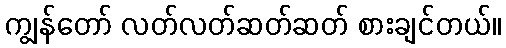
ကျွန်တော် လတ်လတ်ဆတ်ဆတ် စားချင်တယ်။